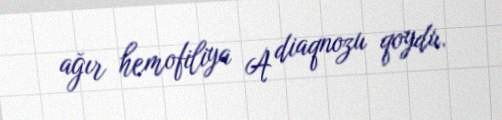
ağır hemofiliya A diaqnozu qoydu.